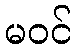
မဝင်